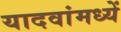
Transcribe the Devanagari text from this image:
यादवांमध्यें